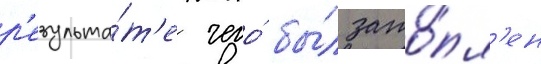
р'езульта́т'е чего́ бы́л зато́пл'ен